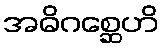
အဓိဂစ္ဆေဟိ